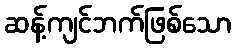
ဆန့်ကျင်ဘက်ဖြစ်သော